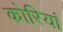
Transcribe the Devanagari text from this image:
कोरियां